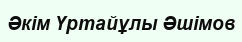
Әкім Үртайұлы Әшімов